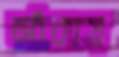
আঁকায়